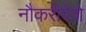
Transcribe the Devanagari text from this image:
नौकरीपेशे